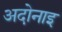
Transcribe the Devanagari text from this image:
अदोनाइ